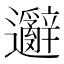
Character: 𲆋